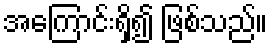
အကြောင်းရှိ၍ ဖြစ်သည်။